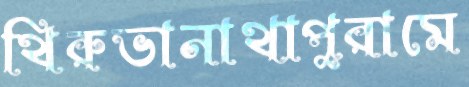
থিরুভানাথাপুরামে